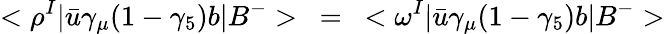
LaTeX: <\rho^{I}|\bar{u}\gamma_{\mu}(1-\gamma_{5})b|B^{-}>\ =\ <\omega^{I}|\bar{u}\gamma_{\mu}(1-\gamma_{5})b|B^{-}>